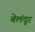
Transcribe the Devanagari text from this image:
बेलंदूर